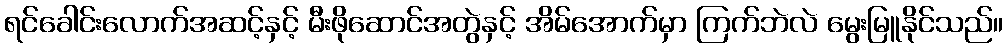
ရင်ခေါင်းလောက်အဆင့်နှင့် မီးဖိုဆောင်အတွဲနှင့် အိမ်အောက်မှာ ကြက်ဘဲလဲ မွေးမြူနိုင်သည်။